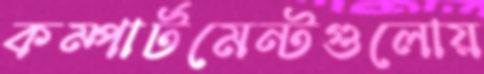
কম্পার্টমেন্টগুলোয়